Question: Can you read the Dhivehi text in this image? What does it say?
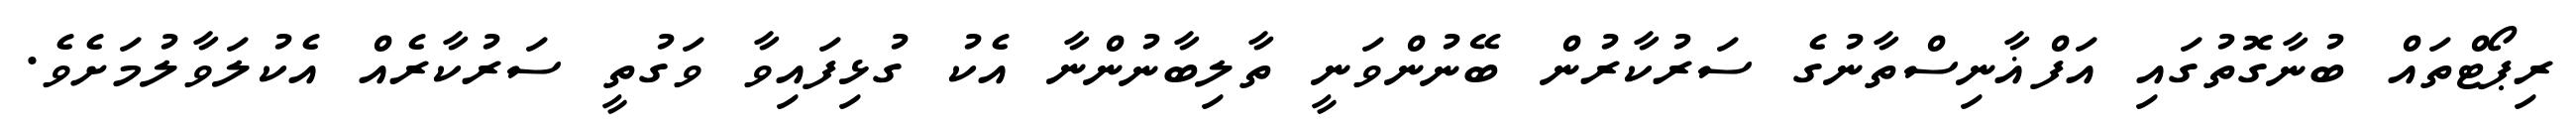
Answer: ރިޕޯޓްތައް ބުނާގޮތުގައި އަފްޣާނިސްތާނުގެ ސަރުކާރުން ބޭނުންވަނީ ތާލިބާނުންނާ އެކު ގުޅިފައިވާ ވަގުތީ ސަރުކާރެއް އެކުލަވާލުމަށެވެ.